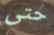
حتى